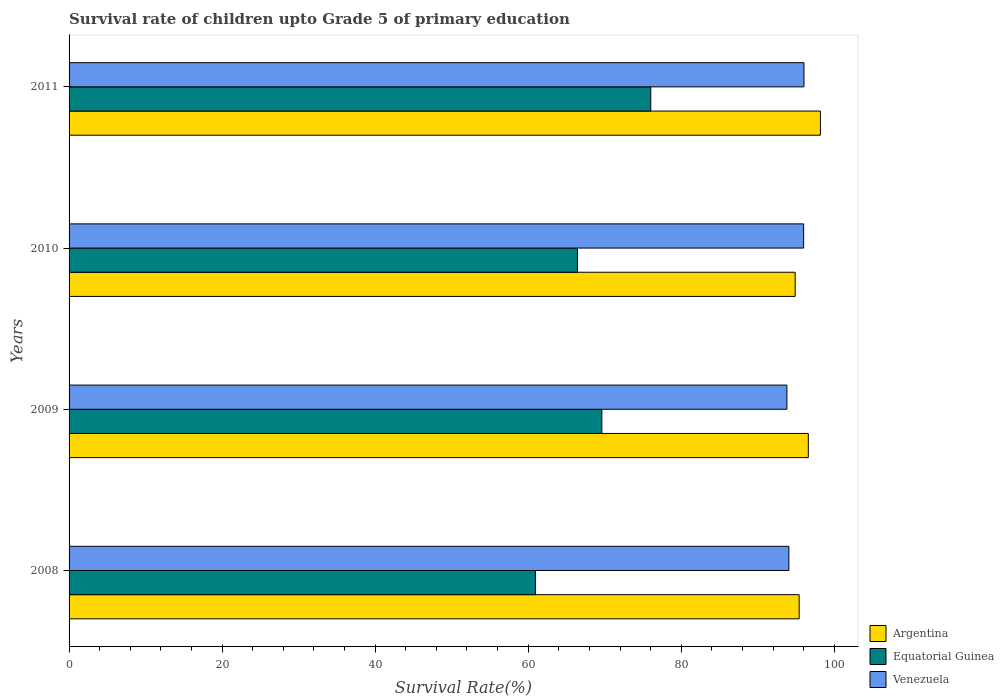
| Years | Argentina | Equatorial Guinea | Venezuela |
 | --- | --- | --- | --- |
 | 2008 | 95.4 | 60.9 | 94.1 |
 | 2009 | 96.6 | 69.6 | 93.8 |
 | 2010 | 94.9 | 66.4 | 96 |
 | 2011 | 98.2 | 76 | 96 |